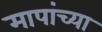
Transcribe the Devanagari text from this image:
मापांच्या